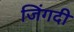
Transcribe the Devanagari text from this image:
जिंगदी